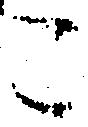
こ